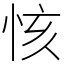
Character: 㤥